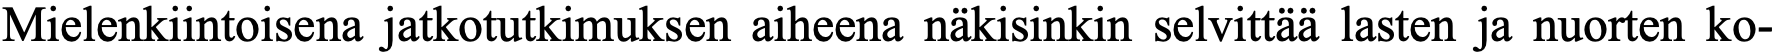
Mielenkiintoisena jatkotutkimuksen aiheena näkisinkin selvittää lasten ja nuorten ko-